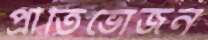
প্রীতিভোজন